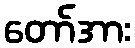
တော်အား